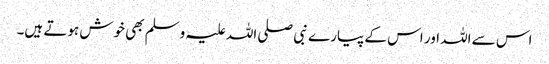
اس سے اللہ اور اس کے پیارے نبی صلی اللہ علیہ وسلم بھی خوش ہوتے ہیں۔